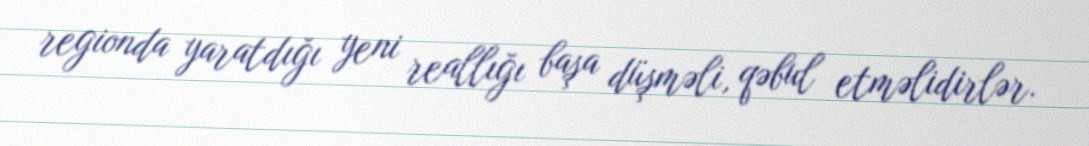
regionda yaratdığı yeni reallığı başa düşməli, qəbul etməlidirlər.